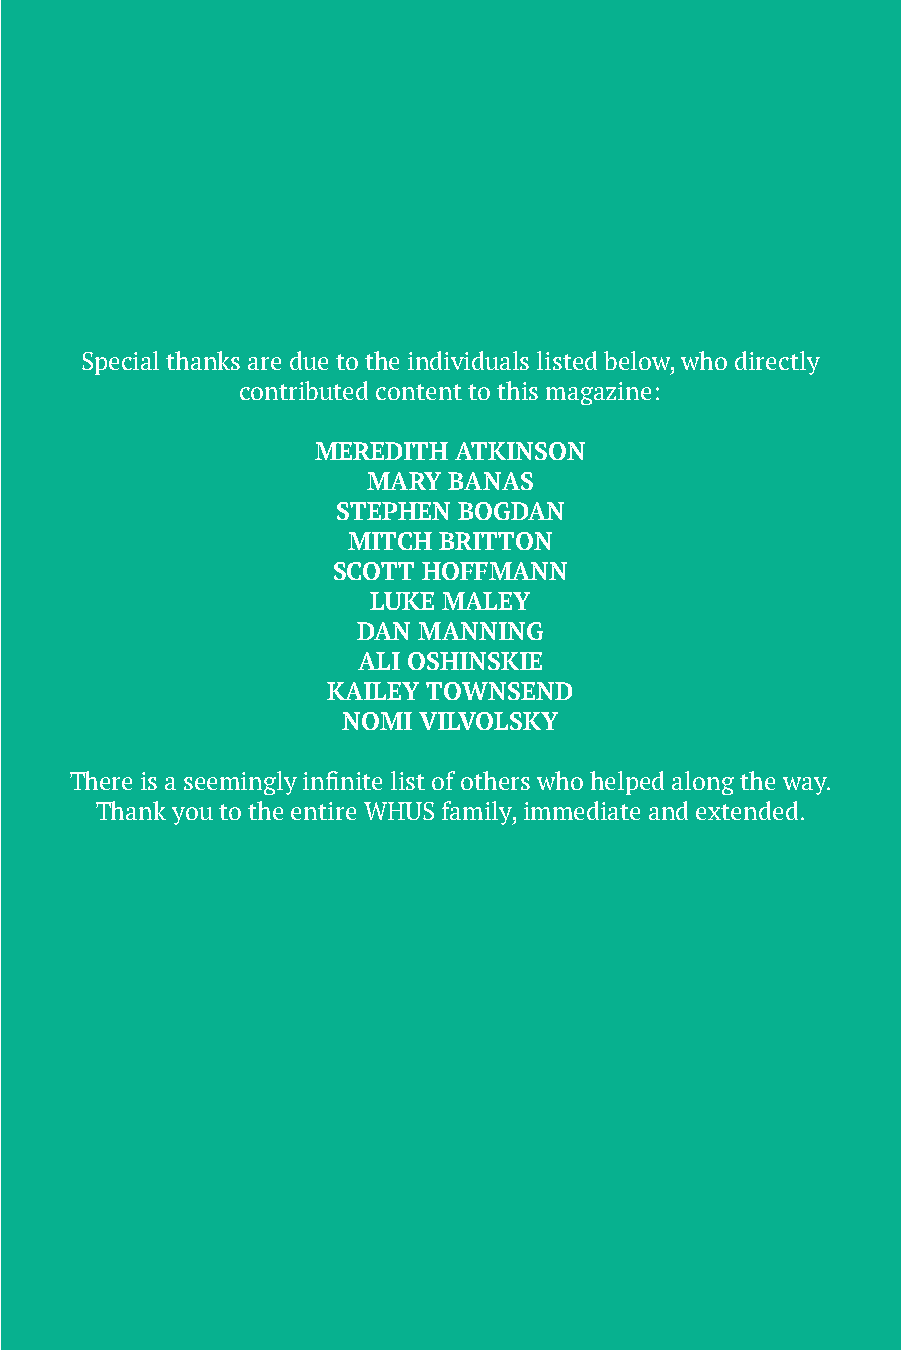
Special thanks are due to the individuals listed below, who directly
 contributed content to this magazine:
 MEREDITH ATKINSON
 MARY  BANAS
 STEPHEN BOGDAN
 MITCH BRITTON
 SCOTT HOFFMANN
 LUKE MALEY
 DAN MANNING
 ALI OSHINSKIE
 KAILEY TOWNSEND
 NOMI VILVOLSKY
 There is a seemingly infinite list of others who helped along the way.
 Thank you to the entire WHUS family, immediate and extended.